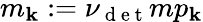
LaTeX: m_{\mathbf{k}}:=\nu_{\mathrm{{~d~e~t~}}}mp_{\mathbf{k}}